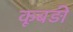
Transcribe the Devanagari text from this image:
कूबड़ी